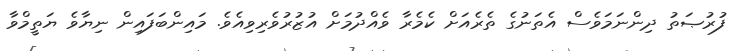
ފުރުޞަތު ދިންނަމަވެސް އެތަނުގެ ތެރެއަށް ކެމެރާ ވެއްދުމަށް އުޒުރުވެރިވިއެވެ. މައިންބަފައިން ނިޔާވެ ޔަތީމްވާ